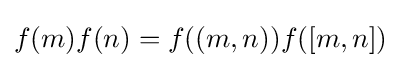
f(m)f(n)=f((m,n))f([m,n])